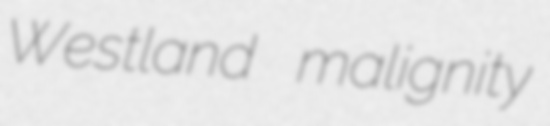
Westland malignity